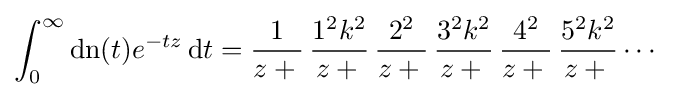
\int _{0}^{\infty }{\textrm {dn}}(t)e^{-tz}\,\mathrm {d} t={\frac {1}{z+{}}}\,{\frac {1^{2}k^{2}}{z+{}}}\,{\frac {2^{2}}{z+{}}}\,{\frac {3^{2}k^{2}}{z+{}}}\,{\frac {4^{2}}{z+{}}}\,{\frac {5^{2}k^{2}}{z+{}}}\cdots